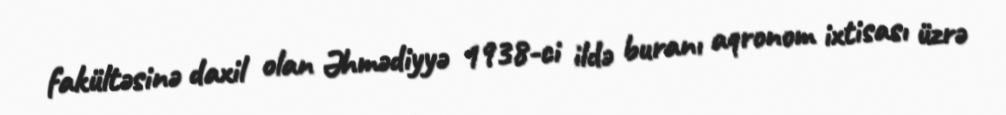
fakültəsinə daxil olan Əhmədiyyə 1938-ci ildə buranı aqronom ixtisası üzrə